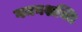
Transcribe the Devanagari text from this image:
गमनशक्ति